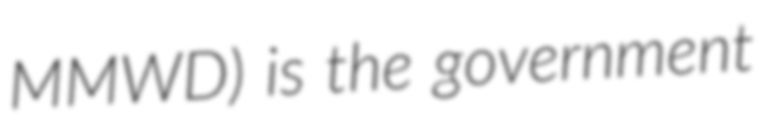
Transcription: MMWD) is the government